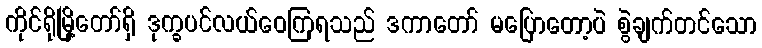
ကိုင်ရိုမြို့တော်ရှိ ဒုက္ခပင်လယ်ဝေကြရသည် ဒကာတော် မပြောတော့ပဲ စွဲချက်တင်သော